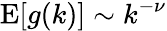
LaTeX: \mathrm{E}[g(k)]\sim k^{-\nu}